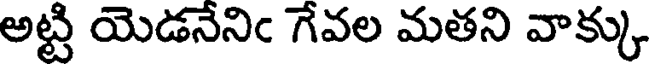
అట్టి యెడనేనిఁ గేవల మతని వాక్కు